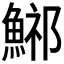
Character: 𩷾